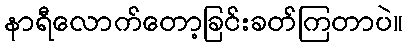
နာရီလောက်တော့ခြင်းခတ်ကြတာပဲ။